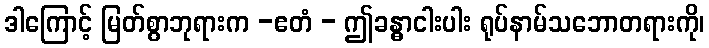
ဒါကြောင့် မြတ်စွာဘုရားက -ဧတံ - ဤခန္ဓာငါးပါး ရုပ်နာမ်သဘောတရားကို၊